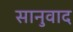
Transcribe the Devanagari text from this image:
सानुवाद